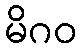
မိဂဝ